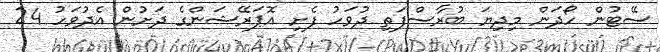
ސޭޓުން ހޯދަން މިދިޔަ ބުރާސްފަތި ދުވަހު ފެށި އޮޕަރޭޝަންގެ ދަށުން އެދުވަހު 24